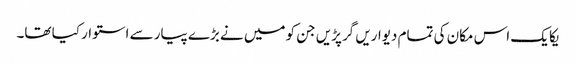
یکا یک اس مکان کی تمام دیواریں گرپڑیں جن کو میں نے بڑے پیار سے استوار کیا تھا۔